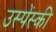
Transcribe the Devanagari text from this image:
उस्पेंस्की